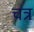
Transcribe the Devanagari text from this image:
चत्र